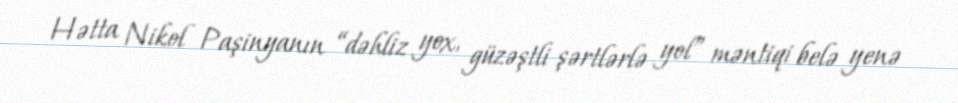
Hətta Nikol Paşinyanın “dəhliz yox, güzəştli şərtlərlə yol” məntiqi belə yenə